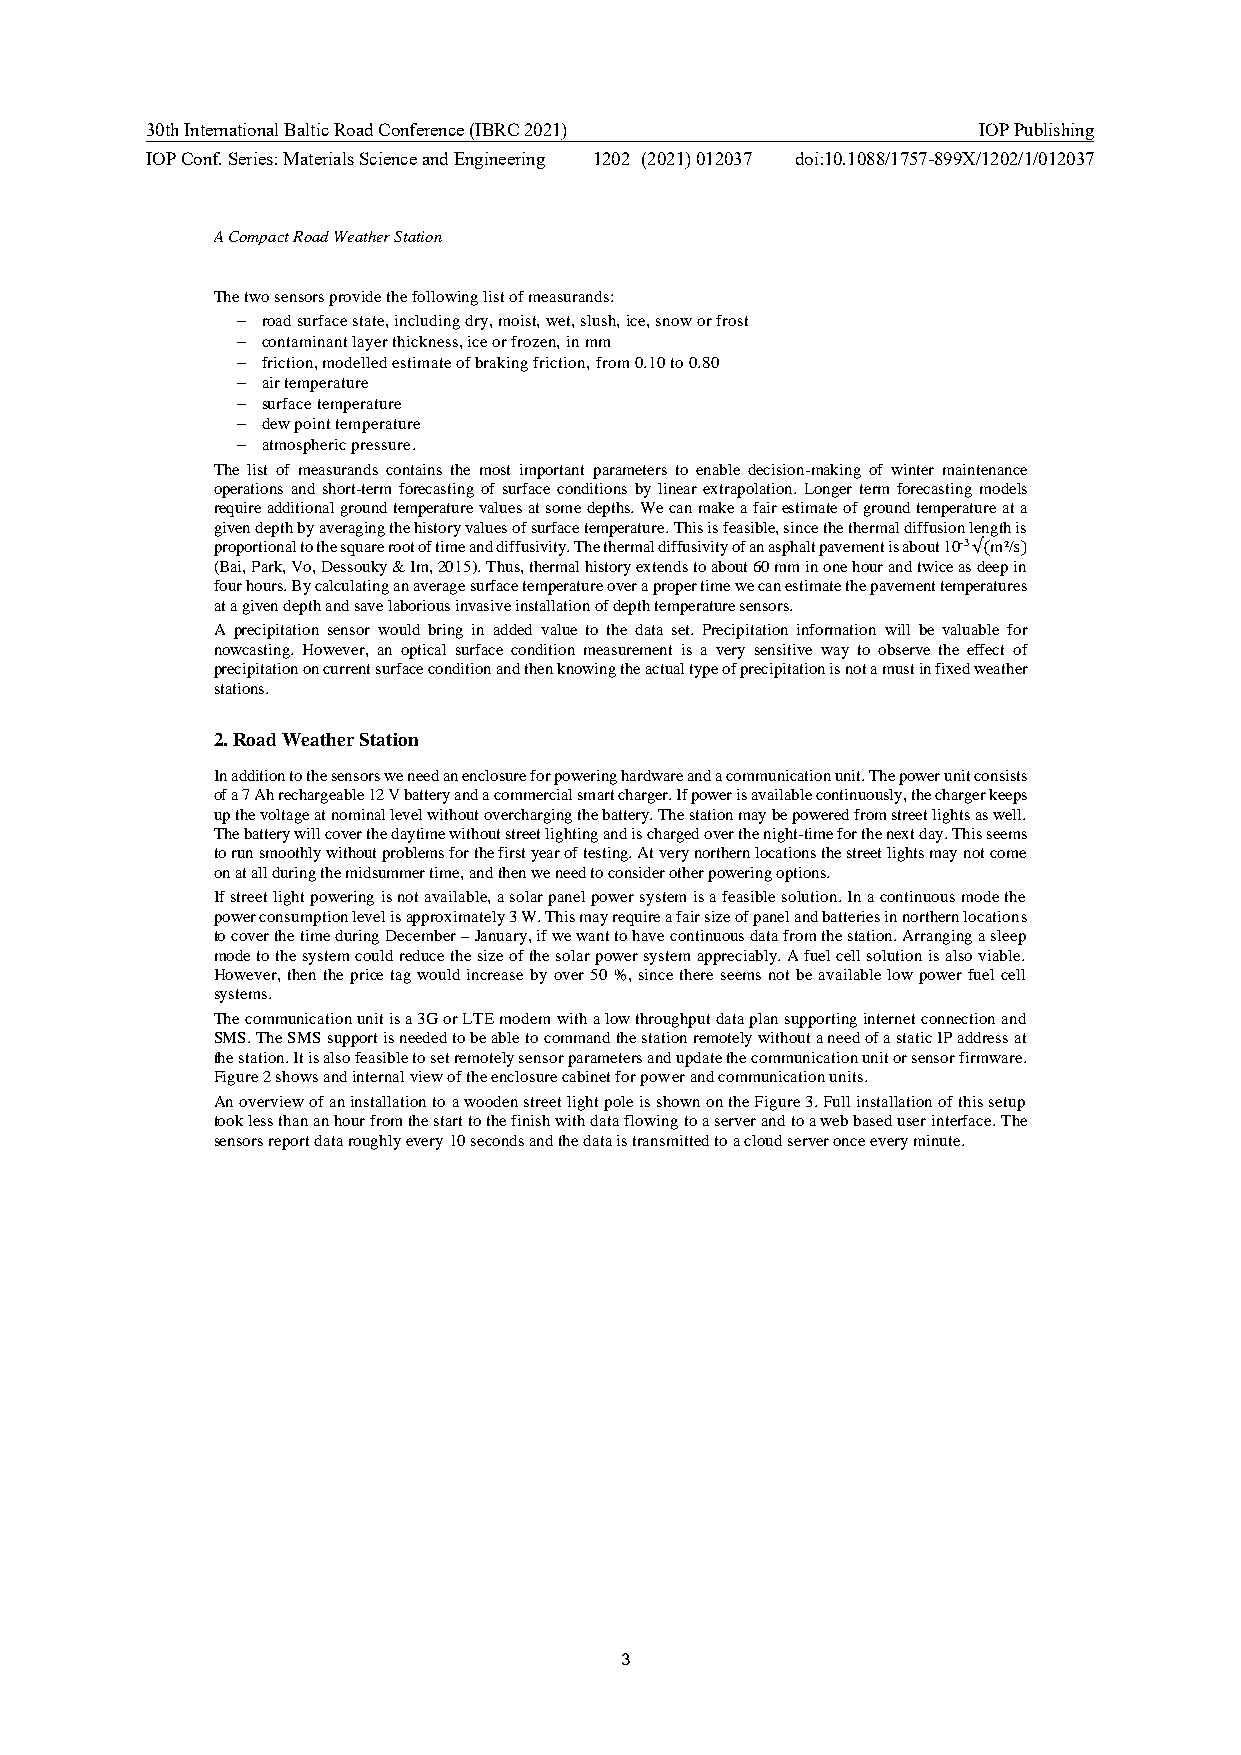
30th International Baltic Road Conference (IBRC 2021)  IOP Publishing
 IOP Conf. Series: Materials Science and Engineering 1202 (2021) 012037 doi:10.1088/1757-899X/1202/1/012037
 A Compact Road Weather Station
 The two sensors provide the following list of measurands:
 − road surface state, including dry, moist, wet, slush, ice, snow or frost
 − contaminant layer thickness, ice or frozen, in mm
 − friction, modelled estimate of braking friction, from 0.10 to 0.80
 − air temperature
 − surface temperature
 − dew point temperature
 − atmospheric pressure.
 The list of measurands contains the most important parameters to enable decision-making of winter maintenance
 operations and short-term forecasting of surface conditions by linear extrapolation. Longer term forecasting models
 require additional ground temperature values at some depths. We can make a fair estimate of ground temperature at a
 given depth by averaging the history values of surface temperature. This is feasible, since the thermal diffusion length is
 proportional to the square root of time and diffusivity. The thermal diffusivity of an asphalt pavement is about 10-3 √(m²/s)
 (Bai, Park, Vo, Dessouky & Im, 2015). Thus, thermal history extends to about 60 mm in one hour and twice as deep in
 four hours. By calculating an average surface temperature over a proper time we can estimate the pavement temperatures
 at a given depth and save laborious invasive installation of depth temperature sensors.
 A precipitation sensor would bring in added value to the data set. Precipitation information will be valuable for
 nowcasting. However, an optical surface condition measurement is a very sensitive way to observe the effect of
 precipitation on current surface condition and then knowing the actual type of precipitation is not a must in fixed weather
 stations.
 2. Road Weather Station
 In addition to the sensors we need an enclosure for powering hardware and a communication unit. The power unit consists
 of a 7 Ah rechargeable 12 V battery and a commercial smart charger. If power is available continuously, the charger keeps
 up the voltage at nominal level without overcharging the battery. The station may be powered from street lights as well.
 The battery will cover the daytime without street lighting and is charged over the night-time for the next day. This seems
 to run smoothly without problems for the first year of testing. At very northern locations the street lights may not come
 on at all during the midsummer time, and then we need to consider other powering options.
 If street light powering is not available, a solar panel power system is a feasible solution. In a continuous mode the
 power consumption level is approximately 3 W. This may require a fair size of panel and batteries in northern locations
 to cover the time during December – January, if we want to have continuous data from the station. Arranging a sleep
 mode to the system could reduce the size of the solar power system appreciably. A fuel cell solution is also viable.
 However, then the price tag would increase by over 50 %, since there seems not be available low power fuel cell
 systems.
 The communication unit is a 3G or LTE modem with a low throughput data plan supporting internet connection and
 SMS. The SMS support is needed to be able to command the station remotely without a need of a static IP address at
 the station. It is also feasible to set remotely sensor parameters and update the communication unit or sensor firmware.
 Figure 2 shows and internal view of the enclosure cabinet for power and communication units.
 An overview of an installation to a wooden street light pole is shown on the Figure 3. Full installation of this setup
 took less than an hour from the start to the finish with data flowing to a server and to a web based user interface. The
 sensors report data roughly every 10 seconds and the data is transmitted to a cloud server once every minute.
 3